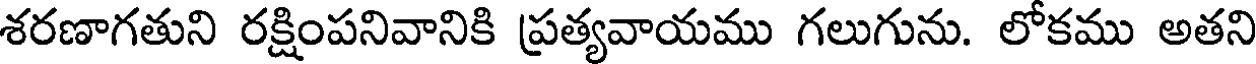
శరణాగతుని రక్షింపనివానికి ప్రత్యవాయము గలుగును. లోకము అతని